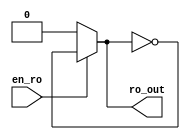
//`timescale 1ns/1ps

module ring_oscillator #(
                        parameter NO_STAGES=21,      // No of inverter stage
                        parameter INV_DELAY= 20       // Delay of single inverter in 0.01*ns

                        )(
                            input wire en_ro,
                            output wire ro_out
                        );    
    
    (* DONT_TOUCH = "TRUE" *) wire [NO_STAGES:0] wi;
  
    assign wi[0] = en_ro ? wi[NO_STAGES] : 0;
    assign ro_out = en_ro ? wi[NO_STAGES] : 0;
    
    genvar i;
    generate
        for(i = 0; i < NO_STAGES; i = i+1) begin : ro
            (* DONT_TOUCH = "TRUE" *) not #(INV_DELAY*0.01) (wi[i+1], wi[i]);
        end
    endgenerate 
    
endmodule